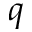
q